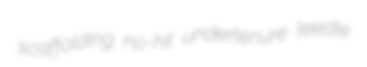
scaffolding no-hit undertenure teedle